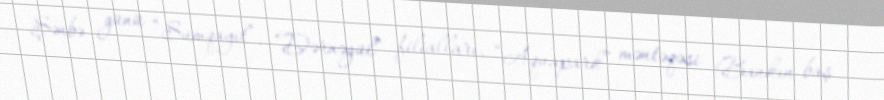
Şənbə günü “Sumqayıt”, “Dərnəgül” filialları, “Aquapark” məntəqəsi (Bankın baş